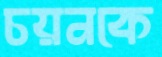
চয়নকে